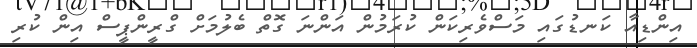
އިންޑިއާ ކަނޑުގައި މަސްވެރިކަން ކުރަމުން އަންނަ ގޮތް ބެލުމަށް ގްރީންޕީސް އިން ކުރި